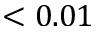
< 0 . 0 1